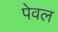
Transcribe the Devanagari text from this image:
पेवल